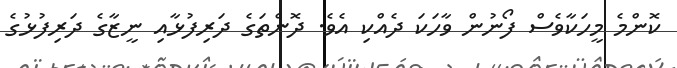
ކޮންމެ މީހަކާވެސް ފޯނުން ވާހަކަ ދެއްކި އެވެ. ދޮންތަގެ ދަރިފުޅާއި ނީޒާގެ ދަރިފުޅުގެ